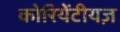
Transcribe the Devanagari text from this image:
कोरियेंटीयज़